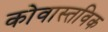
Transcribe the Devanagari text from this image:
कोवास्तविक